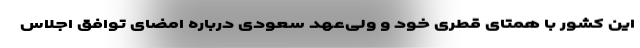
این کشور با همتای قطری خود و ولی‌عهد سعودی درباره امضای توافق اجلاس